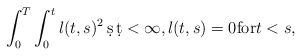
\begin{align*}\int_0^T \int_0^t l(t,s)^2\, \d s\,\d t<\infty,l(t,s)=0\mbox{for}t<s,\end{align*}